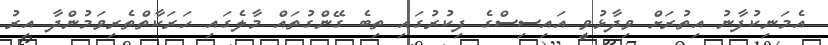
އެމަނިކުފާނު އިތުރަށް ވިދާޅުވީ އައިސިސްގެ ފިކުރުގައި ތިބެ ގޭންގުތައް މާލެގައި ހަރަކާތްތެރިވަމުންދާ އިރު